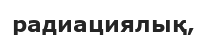
радиациялық,